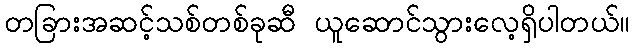
တခြားအဆင့်သစ်တစ်ခုဆီ ယူဆောင်သွားလေ့ရှိပါတယ်။